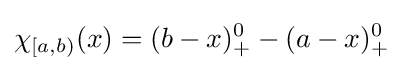
\chi _{[a,b)}(x)=(b-x)_{+}^{0}-(a-x)_{+}^{0}